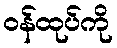
ဝန်ထုပ်ကို